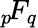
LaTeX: {}_{p}\! F_{q}